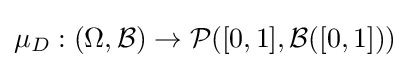
\mu _{D}:(\Omega ,{\mathcal {B}})\to {\mathcal {P}}([0,1],{\mathcal {B}}([0,1]))